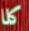
كلا